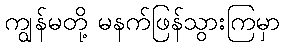
ကျွန်မတို့ မနက်ဖြန်သွားကြမှာ